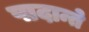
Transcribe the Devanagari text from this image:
पादान्ते